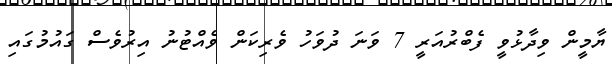
ޔާމީން ވިދާޅުވީ ފެބްރުއަރީ 7 ވަނަ ދުވަހު ވެރިކަން ވެއްޓުނު އިރުވެސް ގައުމުގައި